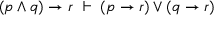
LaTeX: ( p \land q ) \to r \ \vdash \ ( p \to r ) \lor ( q \to r )